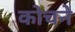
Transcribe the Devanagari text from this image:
कोचने